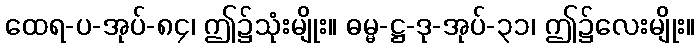
ထေရ-ပ-အုပ်-၈၄၊ ဤ၌သုံးမျိုး။ ဓမ္မ-ဋ္ဌ-ဒု-အုပ်-၃၁၊ ဤ၌လေးမျိုး။